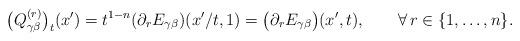
LaTeX: \begin{align*}\big(Q^{(r)}_{\gamma\beta}\big)_t(x')=t^{1-n}(\partial_r E_{\gamma\beta})(x'/t,1)=\big(\partial_r E_{\gamma\beta}\big)(x',t),\qquad\forall\,r\in\{1,\dots,n\}.\end{align*}